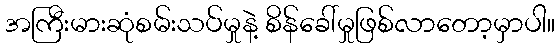
အကြီးမားဆုံစမ်းသပ်မှုနဲ့ စိန်ခေါ်မှုဖြစ်လာတော့မှာပါ။